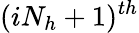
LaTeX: (iN_{h}+1)^{th}